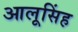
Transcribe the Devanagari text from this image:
आलूसिंह